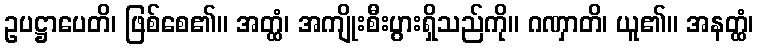
ဥပဋ္ဌာပေတိ၊ ဖြစ်စေ၏။ အတ္ထံ၊ အကျိုးစီးပွားရှိသည်ကို။ ဂဏှာတိ၊ ယူ၏။ အနတ္ထံ၊